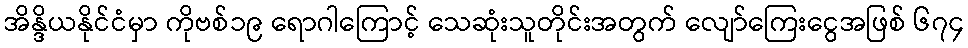
အိန္ဒိယနိုင်ငံမှာ ကိုဗစ်၁၉ ရောဂါကြောင့် သေဆုံးသူတိုင်းအတွက် လျော်ကြေးငွေအဖြစ် ၆၇၄